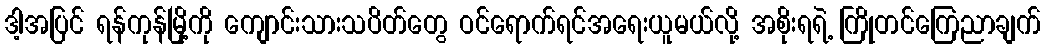
ဒါ့အပြင် ရန်ကုန်မြို့ကို ကျောင်းသားသပိတ်တွေ ဝင်ရောက်ရင်အရေးယူမယ်လို့ အစိုးရရဲ့ ကြိုတင်ကြေညာချက်